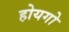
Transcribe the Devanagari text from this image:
होयगो